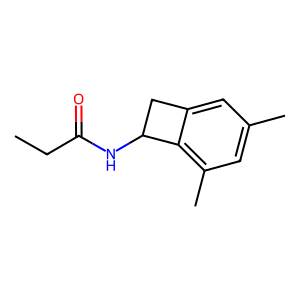
SMILES: CCC(=O)NC1Cc2cc(C)cc(C)c21
Inhibits HIV replication: No